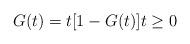
LaTeX: \begin{align*}G(t)=t[1-G(t)]t\geq0\end{align*}